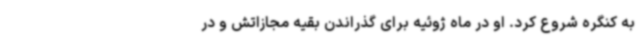
به کنگره شروع کرد. او در ماه ژوئیه برای گذراندن بقیه مجازاتش و در